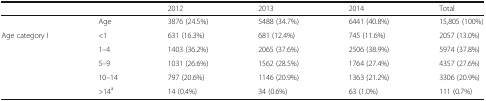
<table><thead><tr><td></td><td></td><td><b>2012</b></td><td><b>2013</b></td><td><b>2014</b></td><td><b>Total</b></td></tr></thead><tbody><tr><td></td><td>Age</td><td>3876 (24.5%)</td><td>5488 (34.7%)</td><td>6441 (40.8%)</td><td>15,805 (100%)</td></tr><tr><td rowspan="5">Age category I</td><td>&lt;1</td><td>631 (16.3%)</td><td>681 (12.4%)</td><td>745 (11.6%)</td><td>2057 (13.0%)</td></tr><tr><td>1–4</td><td>1403 (36.2%)</td><td>2065 (37.6%)</td><td>2506 (38.9%)</td><td>5974 (37.8%)</td></tr><tr><td>5–9</td><td>1031 (26.6%)</td><td>1562 (28.5%)</td><td>1764 (27.4%)</td><td>4357 (27.6%)</td></tr><tr><td>10–14</td><td>797 (20.6%)</td><td>1146 (20.9%)</td><td>1363 (21.2%)</td><td>3306 (20.9%)</td></tr><tr><td>&gt;14<sup>a</sup></td><td>14 (0.4%)</td><td>34 (0.6%)</td><td>63 (1.0%)</td><td>111 (0.7%)</td></tr></tbody></table>